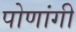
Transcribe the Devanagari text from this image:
पोणांगी